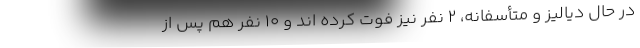
در حال دیالیز و متأسفانه، ۲ نفر نیز فوت کرده اند و ۱۰ نفر هم پس از